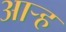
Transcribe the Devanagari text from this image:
आर्‍ह